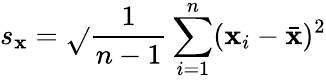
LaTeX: s_{\mathbf{x}}={\sqrt{}{{{\frac{{1}}{{n-1}}}\sum_{i=1}^{n}(\mathbf{x}_{i}-{\bar{{\mathbf{x}}}})^{2}}}}